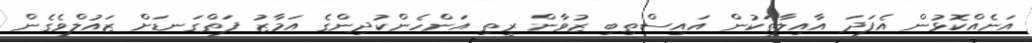
އަނެއްކޮޅުން އެފަދަ އާއިލާތަކުން އައިސްތިބި ޒުވާން ރީތި އަންހެންކުދިންގެ އަމާޒު ފަތްގަނޑަށް ޒައުލްވެގެން